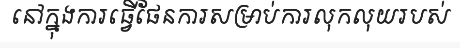
នៅក្នុងការធ្វើផែនការសម្រាប់ការលុកលុយរបស់